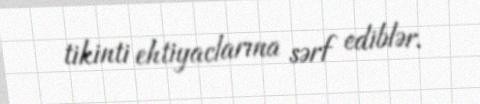
tikinti ehtiyaclarına sərf ediblər.